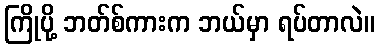
ကြိုပို့ ဘတ်စ်ကားက ဘယ်မှာ ရပ်တာလဲ။